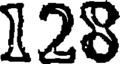
128